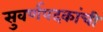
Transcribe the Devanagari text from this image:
सुवर्णपदकांची